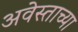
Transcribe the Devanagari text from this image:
अवेस्ताच्या